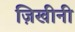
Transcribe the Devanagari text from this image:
ज़िखीनी